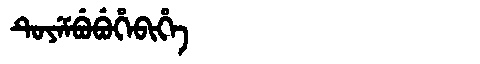
Manchu: ᡨᡠᠶᡝᠮᠪᡠᠪᡠᡥᡝᠪᡳᡥᡝ
Romanization: TUYEMBUBUHEBIHE